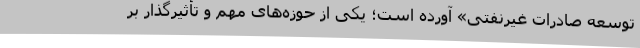
توسعه صادرات غیرنفتی» آورده است؛ یکی از حوزه‌های مهم و تأثیرگذار بر